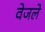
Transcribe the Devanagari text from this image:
वेजले